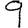
Digit: 9